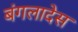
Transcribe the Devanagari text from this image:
बंगलादेस